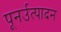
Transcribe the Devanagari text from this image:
पूनर्उत्पादन